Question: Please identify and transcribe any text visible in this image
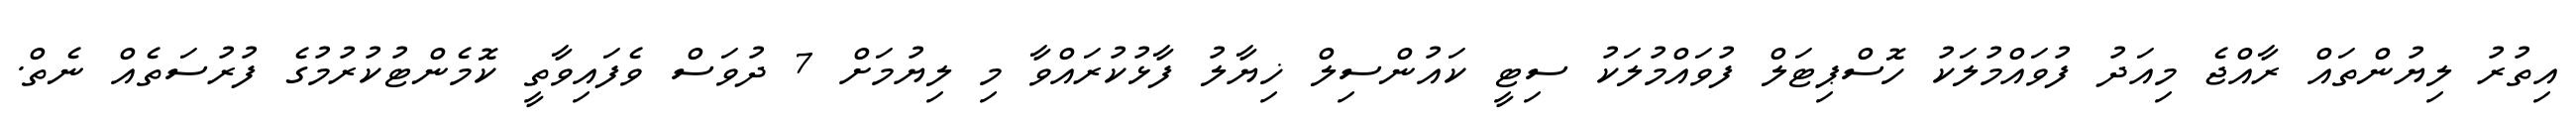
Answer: އިތުރު ލިޔުންތައް ރާއްޖެ މިއަދު ފުވައްމުލަކު ހޮސްޕިޓަލް ފުވައްމުލަކު ސިޓީ ކައުންސިލް ޚިޔާލު ފާޅުކުރައްވާ މި ލިޔުމަށް 7 ދުވަސް ވެފައިވާތީ ކޮމެންޓުކުރުމުގެ ފުރުސަތެއް ނެތް.